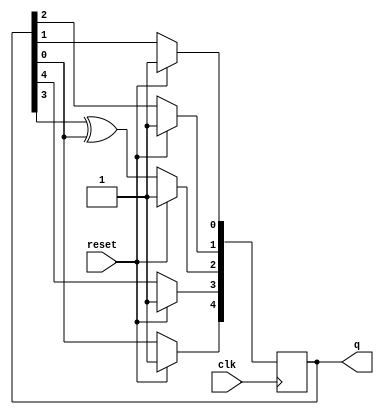
/*

Copyright 2022 Marc Ketel
SPDX-License-Identifier: Apache-2.0

*/

`default_nettype none

module top_module (
    input wire clk,
    input wire reset,
    output wire [4:0] q
);

  reg [4:0] q_i;
  assign q = q_i;

  always @(posedge clk) begin
    if (reset) q_i <= {5{1'b1}};
    else begin
      q_i[0] <= q_i[1];
      q_i[1] <= q_i[2];
      q_i[2] <= q_i[3] ^ q_i[0];
      q_i[3] <= q_i[4];
      q_i[4] <= q_i[0] ^ 1'b0;
    end
  end

endmodule